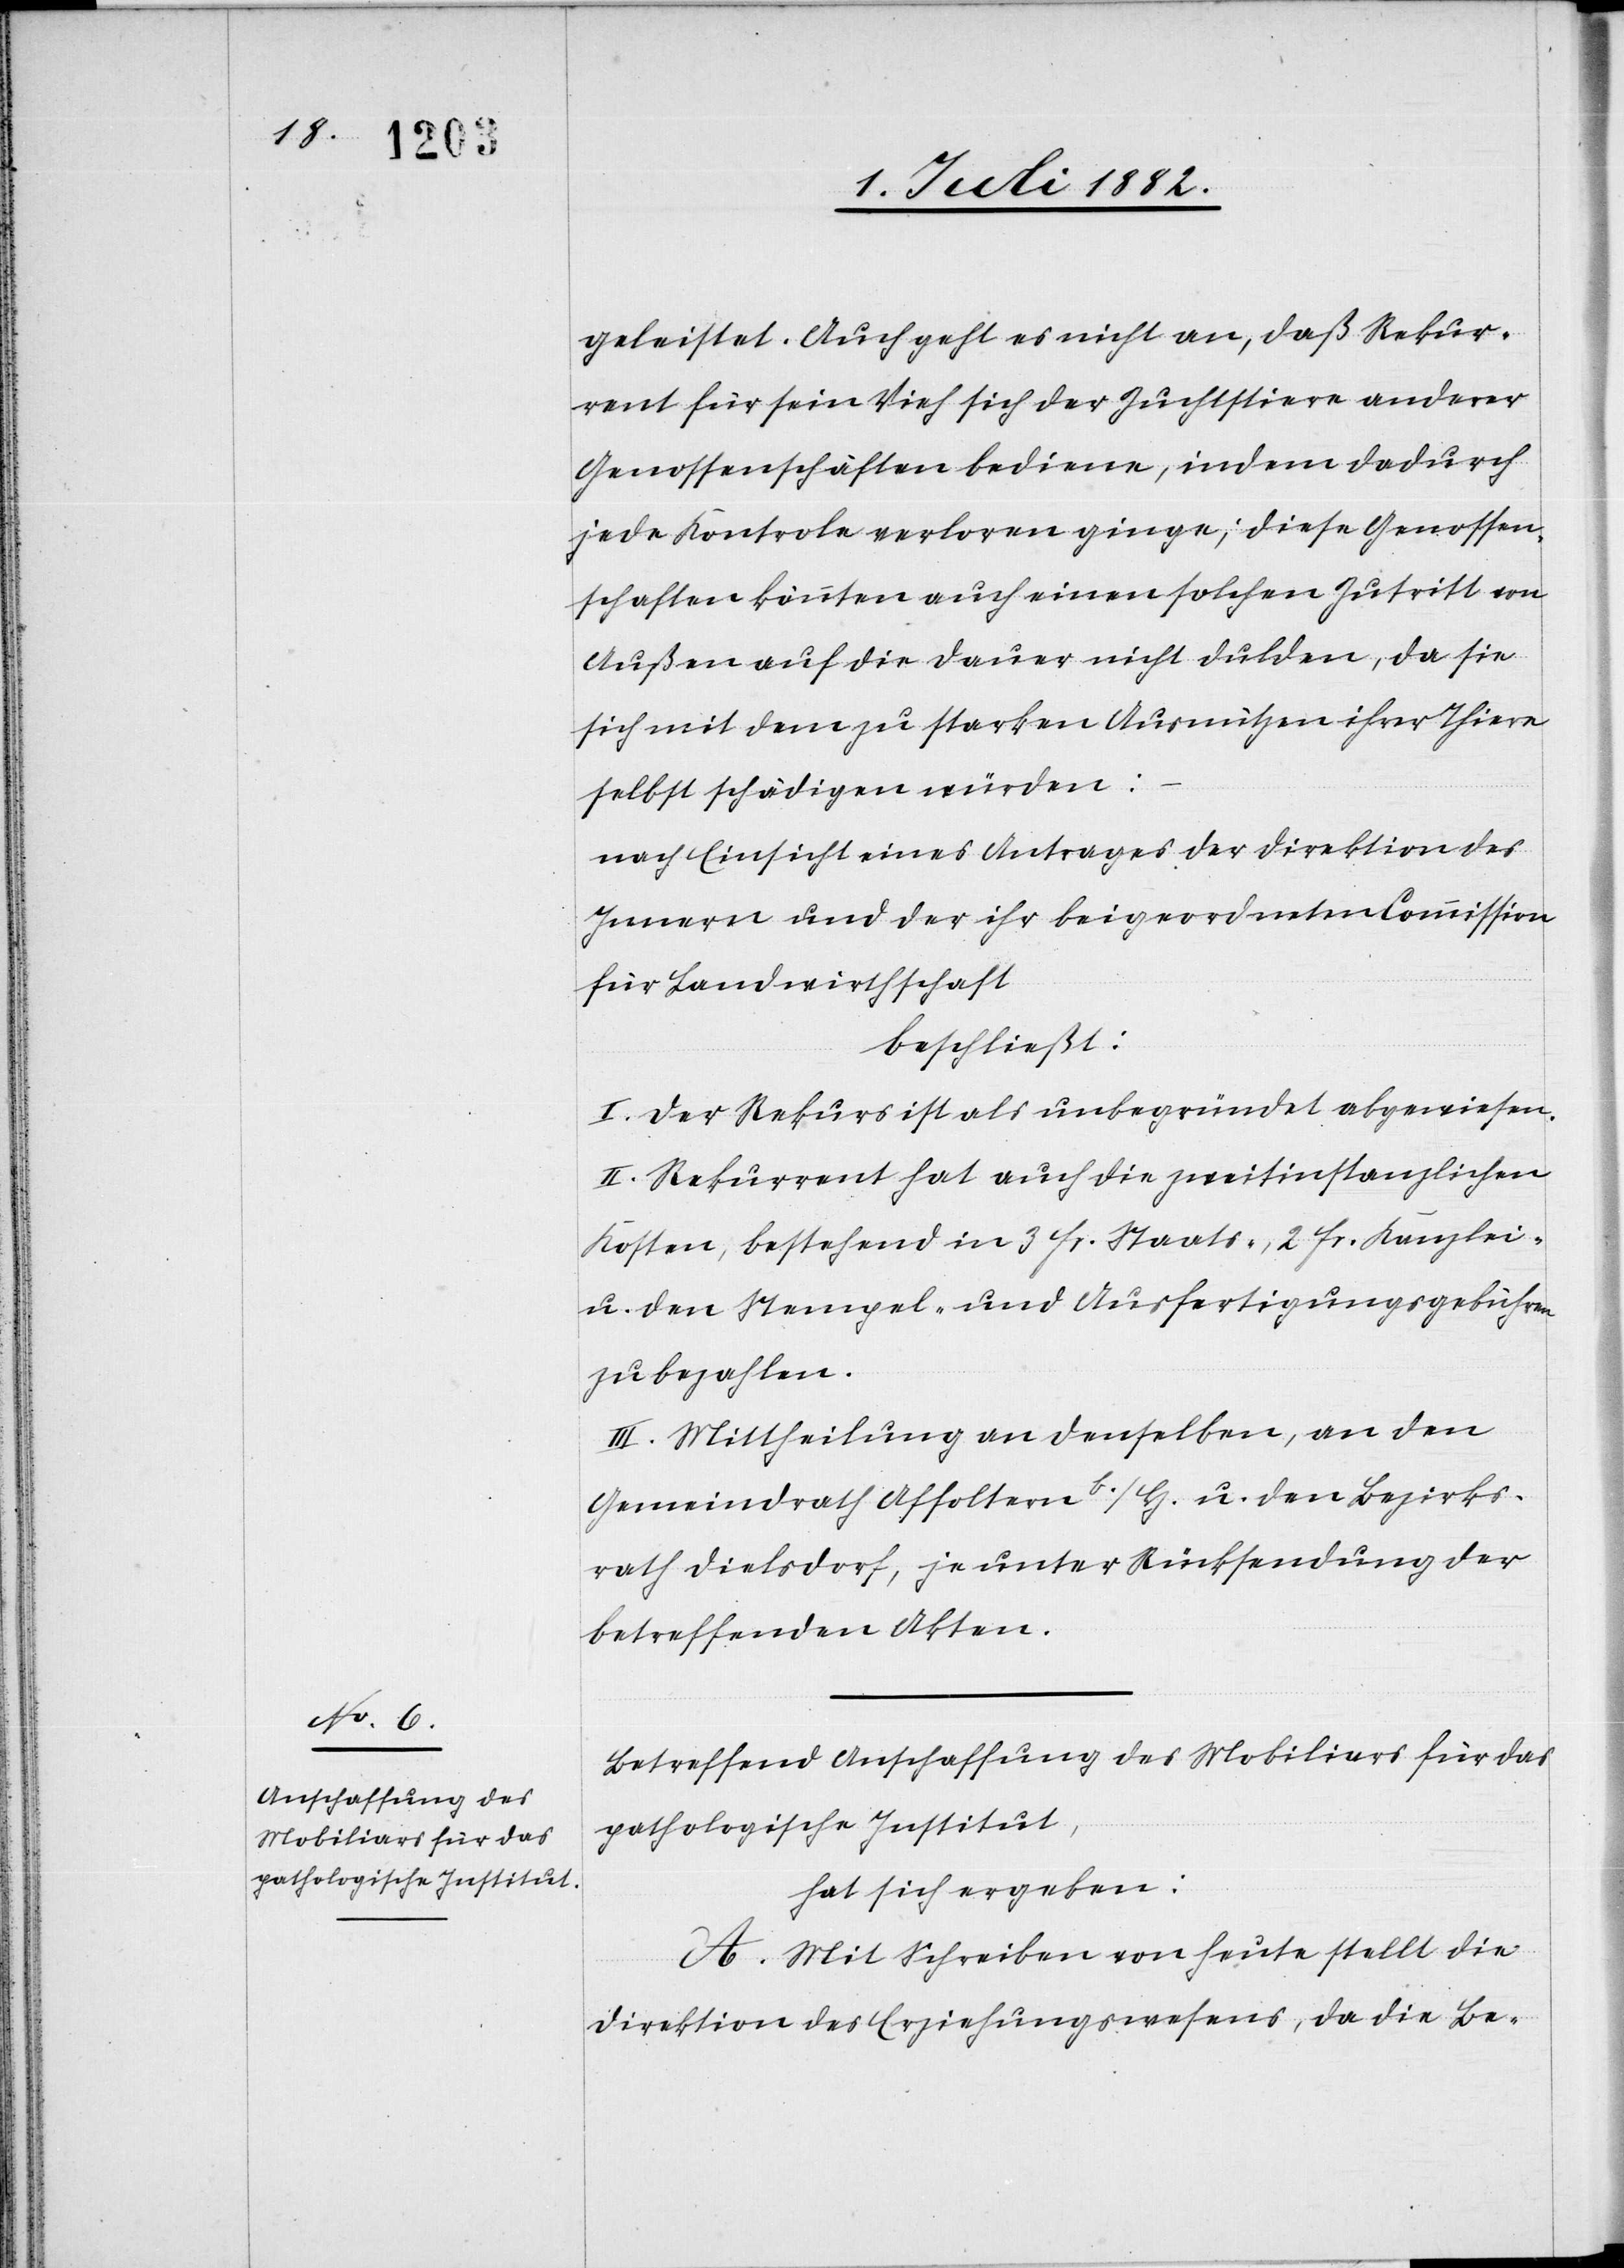
pathologische Institut,

geleistet. Auch geht es nicht an, daß Rekur¬
rent für sein Vieh sich der Zuchtstiere anderer
Genossenschaften bediene, indem dadurch
jede Kontrole verloren ginge; diese Genossen¬
schaften könnten auch einen solchen Zutritt von
Außen auf die Dauer nicht dulden, da sie
sich mit dem zu starken Ausnutzen ihrer Thiere
selbst schädigen würden;
nach Einsicht eines Antrages der Direktion des
Innern und der ihr beigeordneten Commission
für Landwirthschaft,
beschließt:
I. Der Rekurs ist als unbegründet abgewiesen.
II. Rekurrent hat auch die zweitinstanzlichen
Kosten, bestehend in 3 Fr. Staats-, 2 Fr. Kanzlei-
u. den Stempel- und Ausfertigungsgebühren
zu bezahlen.
III. Mittheilung an denselben, an den
Gemeindrath Affoltern b./H. u. den Bezirks¬
rath Dielsdorf, je unter Rücksendung der
betreffenden Akten.
Betreffend Anschaffung des Mobiliars für das
hat sich ergeben:
A. Mit Schreiben von heute stellt die
Direktion des Erziehungswesens, da die Be-